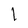
Character: 1